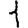
Digit: 1